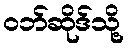
ဝဘ်ဆိုဒ်သို့